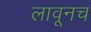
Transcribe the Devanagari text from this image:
लावूनच